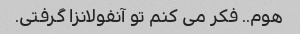
هوم.. فکر می کنم تو آنفولانزا گرفتی.